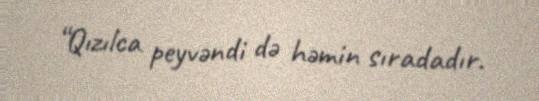
“Qızılca peyvəndi də həmin sıradadır.